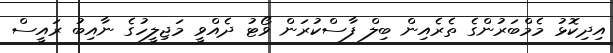
އިދިކޮޅު މެމްބަރުންގެ ތެރެއިން ބިލް ފާސްކުރަން ވޯޓު ދެއްވީ މަޖިލީހުގެ ނާއިބު ރައީސް